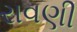
રાવણી